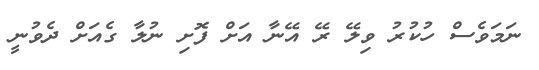
ނަމަވެސް ހުކުރު ވިލޭ ރޭ އޭނާ އަށް ފޮށި ނުލާ ގެއަށް ދެވުނީ